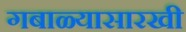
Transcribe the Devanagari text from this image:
गबाळ्यासारखी